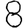
Digit: 8